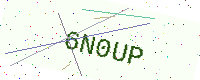
Text: 6N0UP